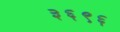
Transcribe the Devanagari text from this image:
३६९६